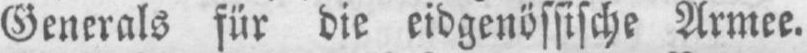
Generals für die eidgenössische Armee.